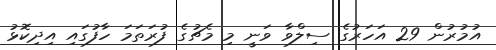
އުމުރުން 29 އަހަރުގެ ސިލްވާ ވަނީ މި މެޗުގެ ފުރަތަމަ ހާފުގައި އިދިކޮޅު